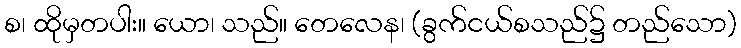
စ၊ ထိုမှတပါး။ ယော၊ သည်။ တေလေန၊ (ခွက်ငယ်စသည်၌ တည်သော)